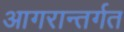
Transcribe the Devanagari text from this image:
आगरान्तर्गत